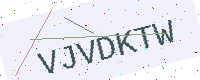
Text: VJVDKTW